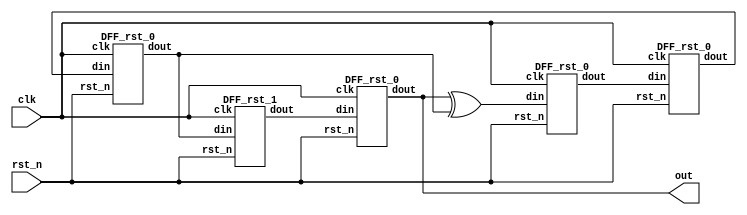
`timescale 1ns / 1ps
//////////////////////////////////////////////////////////////////////////////////
// Company: 
// Engineer: 
// 
// Design Name: 
// Module Name: LFSR
// Project Name: 
// Target Devices: 
// Tool Versions: 
// Description: 
// 
// Dependencies: 
// 
// Revision:
// Revision 0.01 - File Created
// Additional Comments:
// 
//////////////////////////////////////////////////////////////////////////////////
module LFSR(clk, rst_n, out/*, DFF_out*/);
input clk, rst_n;
output out;
//output [3:0] DFF_out;
wire [3:0] DFF_out;
wire din;
DFF_rst_0 DFF_0(clk, din, rst_n, DFF_out[0]);
DFF_rst_0 DFF_1(clk, DFF_out[0], rst_n, DFF_out[1]);
DFF_rst_0 DFF_2(clk, DFF_out[1], rst_n, DFF_out[2]);
DFF_rst_1 DFF_3(clk, DFF_out[2], rst_n, DFF_out[3]);
DFF_rst_0 DFF_4(clk, DFF_out[3], rst_n, out);

assign din = out ^ DFF_out[2];
endmodule

module DFF_rst_0(clk, din, rst_n, dout);
input clk, din, rst_n;
output dout;
reg dout;
always@ (posedge clk)
begin
    if(!rst_n)
        dout <= 1'b0;
    else
        dout <= din;
end
endmodule

module DFF_rst_1(clk, din, rst_n, dout);
input clk, din, rst_n;
output dout;
reg dout;
always@ (posedge clk)
begin
    if(!rst_n)
        dout <= 1'b1;
    else
        dout <= din;
end
endmodule